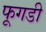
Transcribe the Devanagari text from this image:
फूगडी